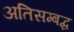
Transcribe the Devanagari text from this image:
अतिसम्बद्ध